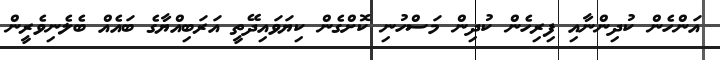
އަންހެން ކުދިންނާއި ފިރިހެން ކުދިން މަސްހުނި ކޮށްގެން ކިޔަވައިދޭތީ އަރަބިއްޔާގެ ބައެއް ބެލެނިވެރީން